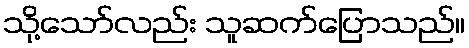
သို့သော်လည်း သူဆက်ပြောသည်။